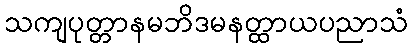
သကျပုတ္တာနမဘိဒမနတ္ထာယပညာသံ